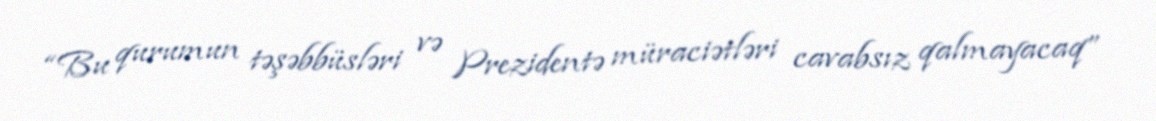
“Bu qurumun təşəbbüsləri və Prezidentə müraciətləri cavabsız qalmayacaq”